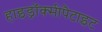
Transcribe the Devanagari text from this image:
हाइड्रॉक्सीपैटाइट